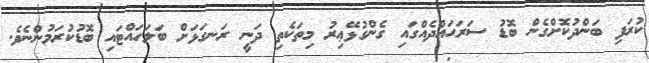
ކުރަފި ބަންދުކޮށްގެން ބޮޑު ސަރަޙައްދެއްގައި ގެންގުޅޭޢިރު މިތަކެތި ދަނީ ރަނގަޅަށް ބަލަހައްޓައި ބޮޑުކުރަމުންނެވެ.